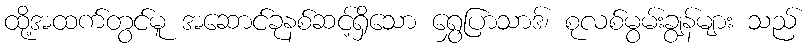
ထို့အထက်တွင်မူ အဆောင်ခုနစ်ဆင့်ရှိသော ရွှေပြာသာဒ်၊ စုလစ်မွမ်းချွန်များ သည်